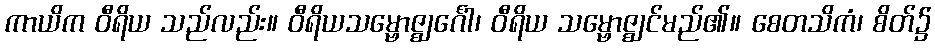
ကာယိက ဝီရိယ သည်လည်း။ ဝီရိယသမ္ဗောဇ္ဈင်္ဂေါ၊ ဝီရိယ သမ္ဗောဇ္ဈင်မည်၏။ စေတသိကံ၊ စိတ်၌